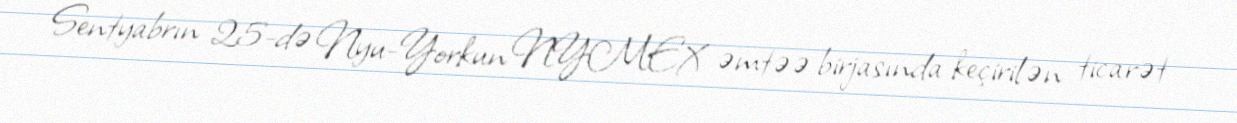
Sentyabrın 25-də Nyu-Yorkun NYMEX əmtəə birjasında keçirilən ticarət